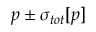
p \pm \sigma _ { { t o t } } [ p ]